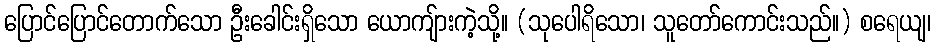
ပြောင်ပြောင်တောက်သော ဦးခေါင်းရှိသော ယောကျ်ားကဲ့သို့။ (သုပေါရိသော၊ သူတော်ကောင်းသည်။) စရေယျ၊